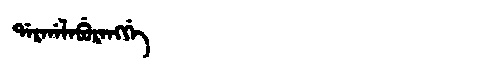
Manchu: ᡩᠠᡵᡤᠠᠯᠠᠪᡠᡵᠠᠩᡤᡝ
Romanization: DARGALABURANGGE